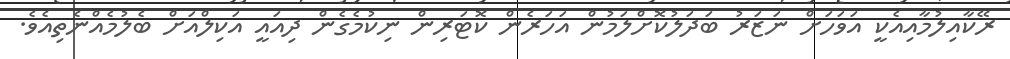
ރޭކާއިލުމާއިއެކީ އަވަހަށް ނަޒަރު ބަދަލުކޮށްލަމުން އަހަރެން ކޮޓަރިން ނިކުމެގެން ދިއައީ އަކިލްއަށް ބެލުމެއްނެތިއެވެ.